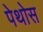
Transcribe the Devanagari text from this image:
पेथोस